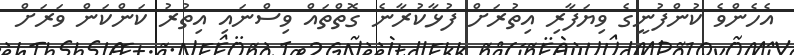
އެހެންވެ ކުންފުނީގެ ވިޔަފާރި އިތުރަށް ފުޅާކުރާނެ ގޮތްތައް ވިސްނައި އިތުރު ކަންކަން ވަރަށް